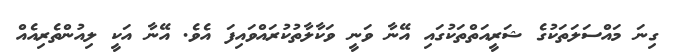
ގިނަ މައްސަލަތަކުގެ ޝަރީއަތްތަކުގައި އޭނާ ވަނީ ވަކާލާތުކުރައްވައިފަ އެވެ. އޭނާ އަކީ ލިއުންތެރިއެއް